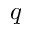
q